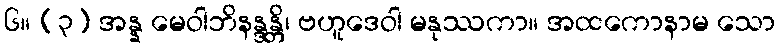
၆။ (၃) အန္န မေဝါဘိနန္ဒန္တိ၊ ဗဟူဒေဝါ မနုဿကာ။ အထကောနာမ သော